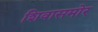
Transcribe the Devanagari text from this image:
शिवासमोर